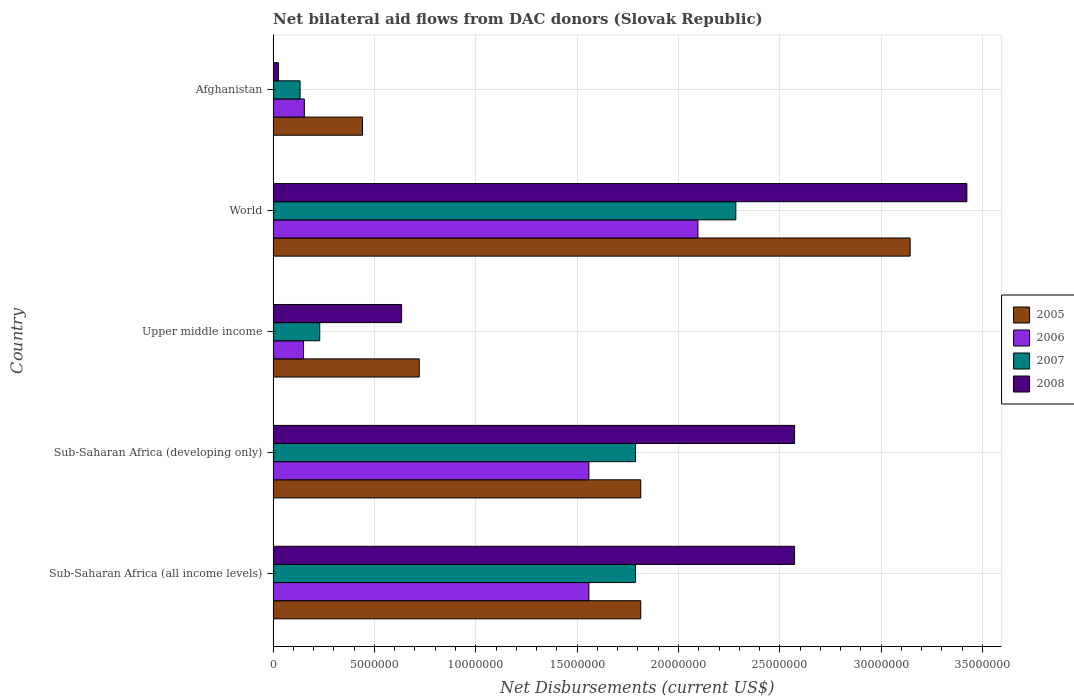
| Country | 2005 | 2006 | 2007 | 2008 |
 | --- | --- | --- | --- | --- |
 | Sub-Saharan Africa (all income levels) | 1.81e+07 | 1.56e+07 | 1.79e+07 | 2.57e+07 |
 | Sub-Saharan Africa (developing only) | 1.81e+07 | 1.56e+07 | 1.79e+07 | 2.57e+07 |
 | Upper middle income | 7.21e+06 | 1.5e+06 | 2.3e+06 | 6.34e+06 |
 | World | 3.14e+07 | 2.1e+07 | 2.28e+07 | 3.42e+07 |
 | Afghanistan | 4.41e+06 | 1.54e+06 | 1.33e+06 | 2.6e+05 |